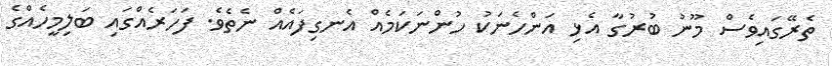
ތެރޭގައިވެސް މޫނު ބުރުގާ އެޅި އަންހެނަކު ހުންނަކަމެއް އެނގިފައެއް ނެތެވެ. ފަހަރެއްގައި ބަލިމީހެއްގެ